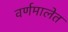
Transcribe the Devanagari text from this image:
वर्णमालेत